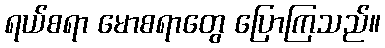
ရယ်စရာ မောစရာတွေ ပြောကြသည်။